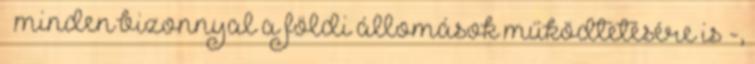
– minden bizonnyal a földi állomások működtetésére is -,